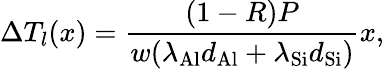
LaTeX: \Delta T_{l}(x)=\frac{(1-R)P}{w(\lambda_{\mathrm{Al}}d_{\mathrm{Al}}+\lambda_{\mathrm{Si}}d_{\mathrm{Si}})}x,